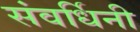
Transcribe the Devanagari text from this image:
संवर्धिनी